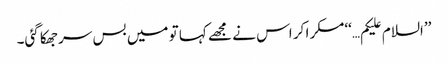
’’السلام علیکم…‘‘مسکرا کر اس نے مجھے کہا تو میں بس سر جھکا گئی۔